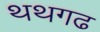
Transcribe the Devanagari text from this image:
थथगढ